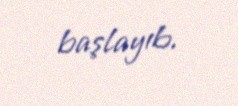
başlayıb.